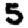
Digit: 5